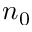
n _ { 0 }